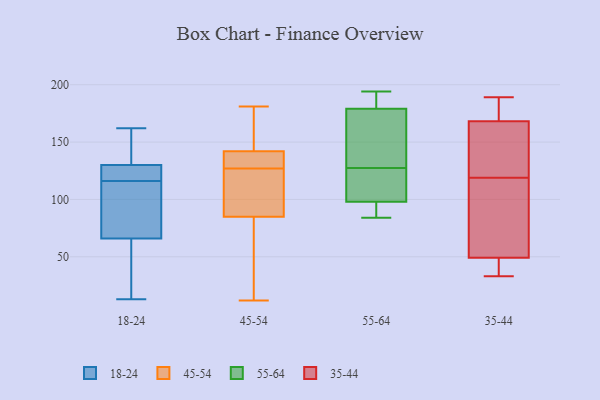
{"axis": {"x": "Inventory Turnover", "y": "Value"}, "legend": ["18-24", "35-44", "45-54", "55-64"], "data": [{"x": "", "y": 162, "type": "18-24"}, {"x": "", "y": 66, "type": "18-24"}, {"x": "", "y": 69, "type": "18-24"}, {"x": "", "y": 13, "type": "18-24"}, {"x": "", "y": 117, "type": "18-24"}, {"x": "", "y": 30, "type": "18-24"}, {"x": "", "y": 115, "type": "18-24"}, {"x": "", "y": 130, "type": "18-24"}, {"x": "", "y": 136, "type": "18-24"}, {"x": "", "y": 130, "type": "18-24"}, {"x": "", "y": 129, "type": "45-54"}, {"x": "", "y": 166, "type": "45-54"}, {"x": "", "y": 48, "type": "45-54"}, {"x": "", "y": 85, "type": "45-54"}, {"x": "", "y": 125, "type": "45-54"}, {"x": "", "y": 54, "type": "45-54"}, {"x": "", "y": 142, "type": "45-54"}, {"x": "", "y": 57, "type": "45-54"}, {"x": "", "y": 131, "type": "45-54"}, {"x": "", "y": 140, "type": "45-54"}, {"x": "", "y": 181, "type": "45-54"}, {"x": "", "y": 167, "type": "45-54"}, {"x": "", "y": 123, "type": "45-54"}, {"x": "", "y": 119, "type": "45-54"}, {"x": "", "y": 100, "type": "45-54"}, {"x": "", "y": 157, "type": "45-54"}, {"x": "", "y": 12, "type": "45-54"}, {"x": "", "y": 131, "type": "45-54"}, {"x": "", "y": 179, "type": "55-64"}, {"x": "", "y": 87, "type": "55-64"}, {"x": "", "y": 135, "type": "55-64"}, {"x": "", "y": 139, "type": "55-64"}, {"x": "", "y": 120, "type": "55-64"}, {"x": "", "y": 194, "type": "55-64"}, {"x": "", "y": 98, "type": "55-64"}, {"x": "", "y": 84, "type": "55-64"}, {"x": "", "y": 180, "type": "55-64"}, {"x": "", "y": 117, "type": "55-64"}, {"x": "", "y": 119, "type": "35-44"}, {"x": "", "y": 132, "type": "35-44"}, {"x": "", "y": 189, "type": "35-44"}, {"x": "", "y": 175, "type": "35-44"}, {"x": "", "y": 56, "type": "35-44"}, {"x": "", "y": 179, "type": "35-44"}, {"x": "", "y": 33, "type": "35-44"}, {"x": "", "y": 37, "type": "35-44"}, {"x": "", "y": 99, "type": "35-44"}, {"x": "", "y": 47, "type": "35-44"}, {"x": "", "y": 148, "type": "35-44"}]}